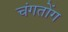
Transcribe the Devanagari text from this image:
चंगतोंग